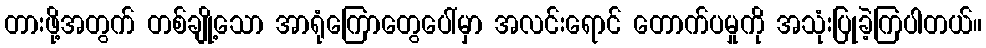
တားဖို့အတွက် တစ်ချို့သော အာရုံကြောတွေပေါ်မှာ အလင်းရောင် တောက်ပမှုကို အသုံးပြုခဲ့ကြပါတယ်။